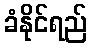
ခံနိုင်ရည်